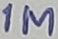
Text: 1M